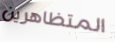
المتظاهرين